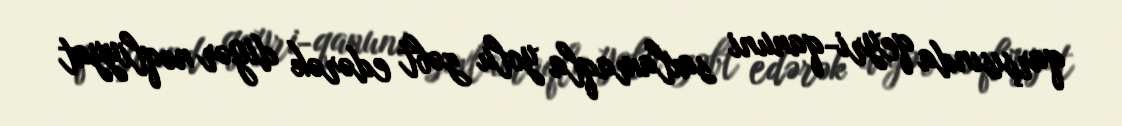
qarşısında qeyri-qanuni saxlamaqla yolu zəbt edərək digər nəqliyyat